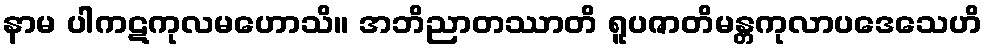
နာမ ပါကဋကုလမဟောသိ။ အဘိညာတဿာတိ ရူပဇာတိမန္တကုလာပဒေသေဟိ